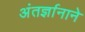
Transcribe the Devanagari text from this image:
अंतर्ज्ञानाने